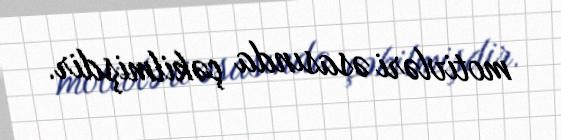
motivləri əsasında çəkilmişdir.